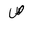
Letter: _sad